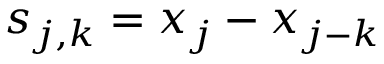
s _ { j , k } = x _ { j } - x _ { j - k }